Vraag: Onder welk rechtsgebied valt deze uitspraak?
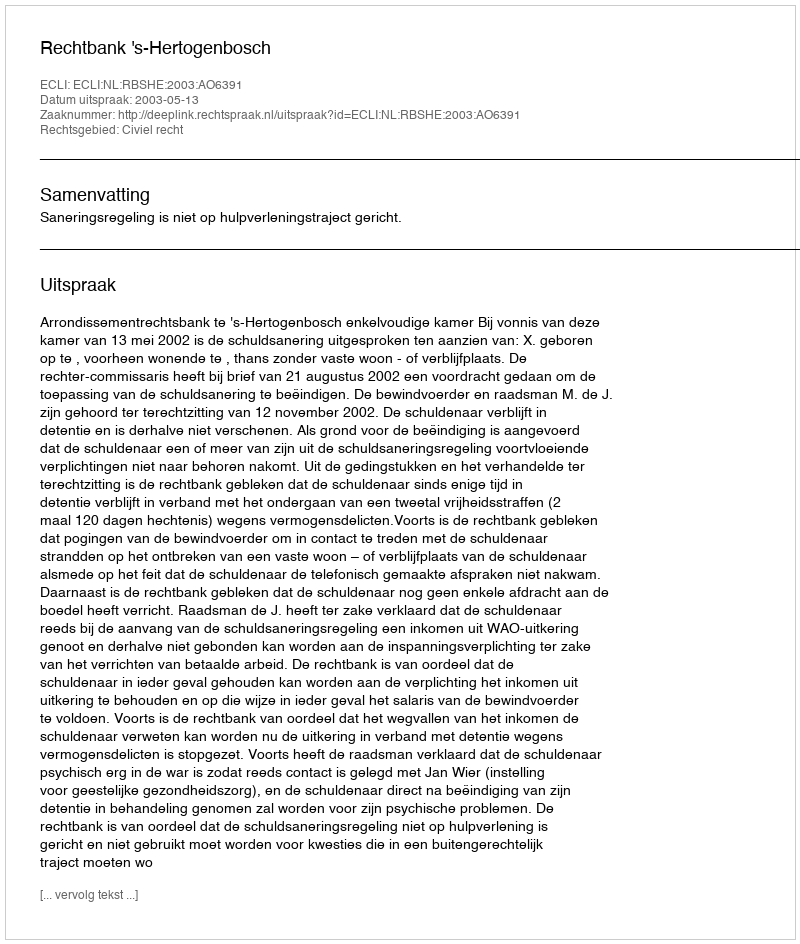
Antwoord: Civiel recht